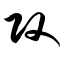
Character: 攻